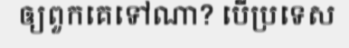
ឲ្យពួកគេទៅណា? បើប្រទេស